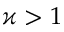
\varkappa > 1